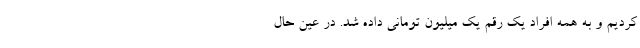
کردیم و به همه افراد یک رقم یک میلیون تومانی داده شد. در عین حال